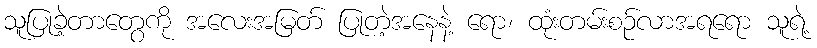
သူပြုခဲ့တာတွေကို အလေးအမြတ် ပြုတဲ့အနေနဲ့ ရော၊ ထုံးတမ်းစဉ်လာအရရော သူရဲ့